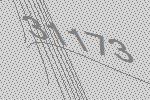
31173